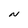
Character: N